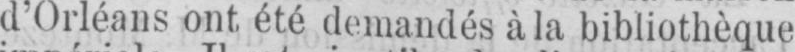
d’Orléans ont été demandés à la bibliothèque